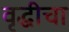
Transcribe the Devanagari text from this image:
वृद्धीचा